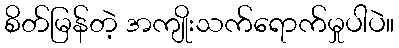
စိတ်မြန်တဲ့ အကျိုးသက်ရောက်မှုပါပဲ။